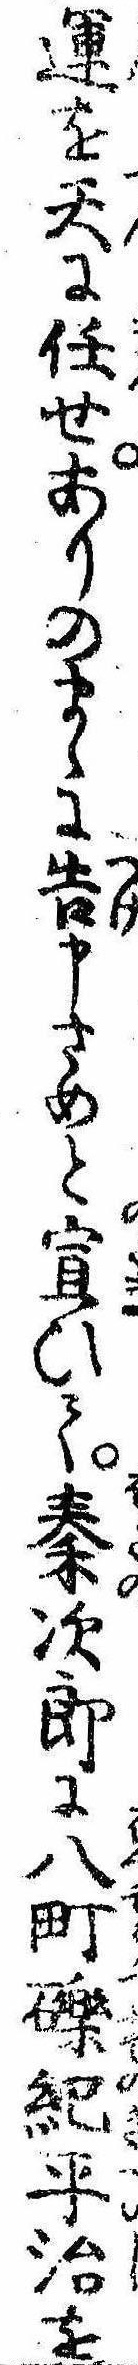
運を天に任せありのまゝに告申さめと宣ひて秦次郎に八町礫紀平治を